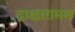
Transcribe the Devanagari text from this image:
द्राक्षारामम